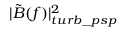
| \tilde { B } ( f ) | _ { t u r b \_ p s p } ^ { 2 }